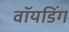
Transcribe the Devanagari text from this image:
वॉयडिंग